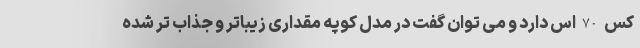
کس70اس دارد و می توان گفت در مدل کوپه مقداری زیباتر و جذاب تر شده